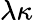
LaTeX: \lambda\kappa